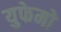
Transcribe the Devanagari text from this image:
युफेमो